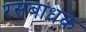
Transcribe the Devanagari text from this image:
रसबाधक